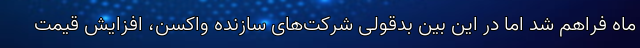
ماه فراهم شد اما در این بین بدقولی شرکت‌های سازنده واکسن، افزایش قیمت